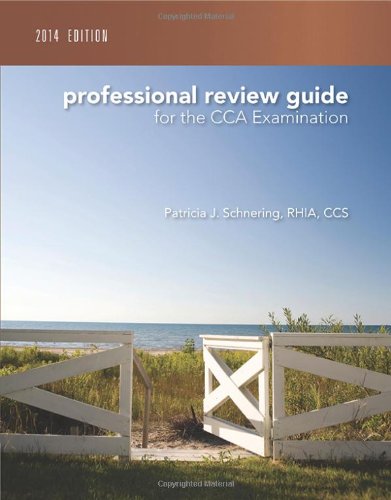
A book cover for Professional Review Guide for the CCA Examination, 2014 Edition; Patricia Schnering; Medical Books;